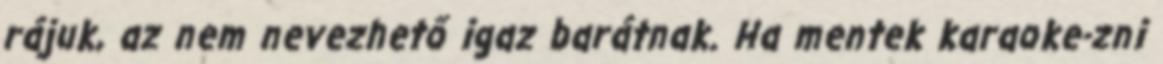
rájuk, az nem nevezhető igaz barátnak. Ha mentek karaoke-zni